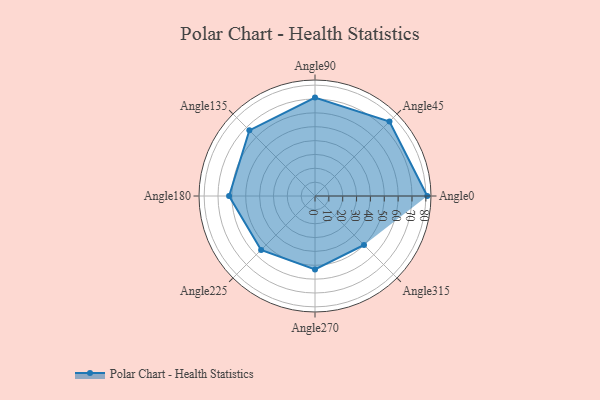
{"axis": {"x": "Angle", "y": "Radius"}, "legend": [""], "data": [{"x": "Angle0", "y": 81.0, "type": ""}, {"x": "Angle45", "y": 76.0, "type": ""}, {"x": "Angle90", "y": 71.0, "type": ""}, {"x": "Angle135", "y": 67.0, "type": ""}, {"x": "Angle180", "y": 62.0, "type": ""}, {"x": "Angle225", "y": 55.0, "type": ""}, {"x": "Angle270", "y": 53.0, "type": ""}, {"x": "Angle315", "y": 50, "type": ""}]}